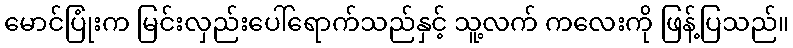
မောင်ပြုံးက မြင်းလှည်းပေါ်ရောက်သည်နှင့် သူ့လက် ကလေးကို ဖြန့်ပြသည်။